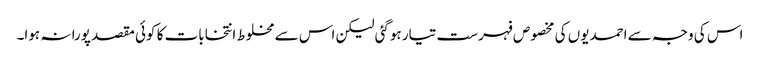
اس کی وجہ سے احمدیوں کی مخصوص فہرست تیار ہوگئی لیکن اس سے مخلوط انتخابات کا کوئی مقصد پورا نہ ہوا۔